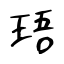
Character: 珸